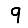
Digit: 9